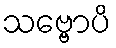
သဗ္ဗောပိ